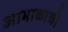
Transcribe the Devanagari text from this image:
आभाळाची